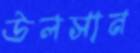
উলসান